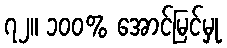
၇၂။ ၁၀၀% အောင်မြင်မှု